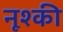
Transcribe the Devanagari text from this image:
नूश्की